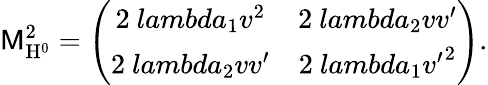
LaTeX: \mathrm{{\sf M}_{H^{0}}^{2}=\left(\begin{array}{cc}{{2\ lambda_{1}v^{2}}}&{{2\ lambda_{2}vv^{\prime}}}\\ {{2\ lambda_{2}vv^{\prime}}}&{{2\ lambda_{1}{v^{\prime}}^{2}}}\end{array}\right).}